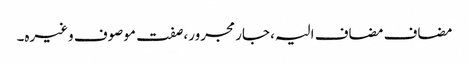
مضاف مضاف الیہ، جار مجرور، صفت موصوف وغیرہ۔